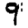
Digit: 9